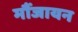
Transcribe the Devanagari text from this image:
मौंजायन